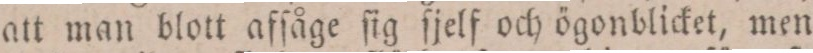
att man blott afſåge ſig ſjelf och ögonblicket, men